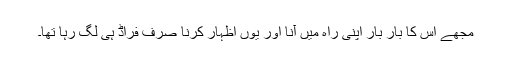
مجھے اس کا بار بار اپنی راہ میں آنا اور یوں اظہار کرنا صرف فراڈ ہی لگ رہا تھا۔